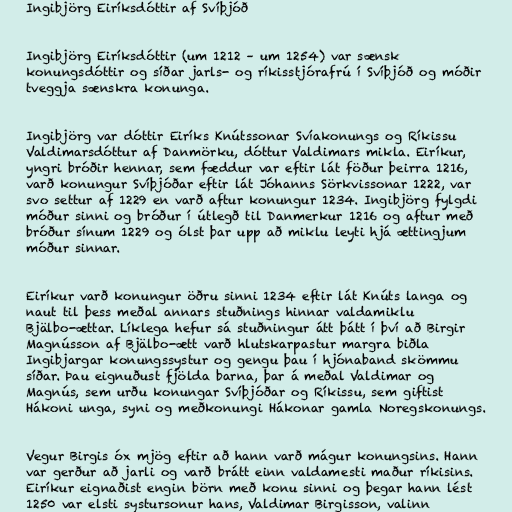
Ingibjörg Eiríksdóttir af Svíþjóð

Ingibjörg Eiríksdóttir (um 1212 – um 1254) var sænsk
konungsdóttir og síðar jarls- og ríkisstjórafrú í Svíþjóð og móðir
tveggja sænskra konunga.

Ingibjörg var dóttir Eiríks Knútssonar Svíakonungs og Ríkissu
Valdimarsdóttur af Danmörku, dóttur Valdimars mikla. Eiríkur,
yngri bróðir hennar, sem fæddur var eftir lát föður þeirra 1216,
varð konungur Svíþjóðar eftir lát Jóhanns Sörkvissonar 1222, var
svo settur af 1229 en varð aftur konungur 1234. Ingibjörg fylgdi
móður sinni og bróður í útlegð til Danmerkur 1216 og aftur með
bróður sínum 1229 og ólst þar upp að miklu leyti hjá ættingjum
móður sinnar.

Eiríkur varð konungur öðru sinni 1234 eftir lát Knúts langa og
naut til þess meðal annars stuðnings hinnar valdamiklu
Bjälbo-ættar. Líklega hefur sá stuðningur átt þátt í því að Birgir
Magnússon af Bjälbo-ætt varð hlutskarpastur margra biðla
Ingibjargar konungssystur og gengu þau í hjónaband skömmu
síðar. Þau eignuðust fjölda barna, þar á meðal Valdimar og
Magnús, sem urðu konungar Svíþjóðar og Ríkissu, sem giftist
Hákoni unga, syni og meðkonungi Hákonar gamla Noregskonungs.

Vegur Birgis óx mjög eftir að hann varð mágur konungsins. Hann
var gerður að jarli og varð brátt einn valdamesti maður ríkisins.
Eiríkur eignaðist engin börn með konu sinni og þegar hann lést
1250 var elsti systursonur hans, Valdimar Birgisson, valinn